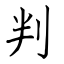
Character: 判